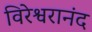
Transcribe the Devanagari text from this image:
विरेश्वरानंद